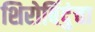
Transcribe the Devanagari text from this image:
शिरोबिंदुंचा